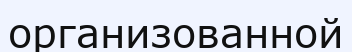
организованной